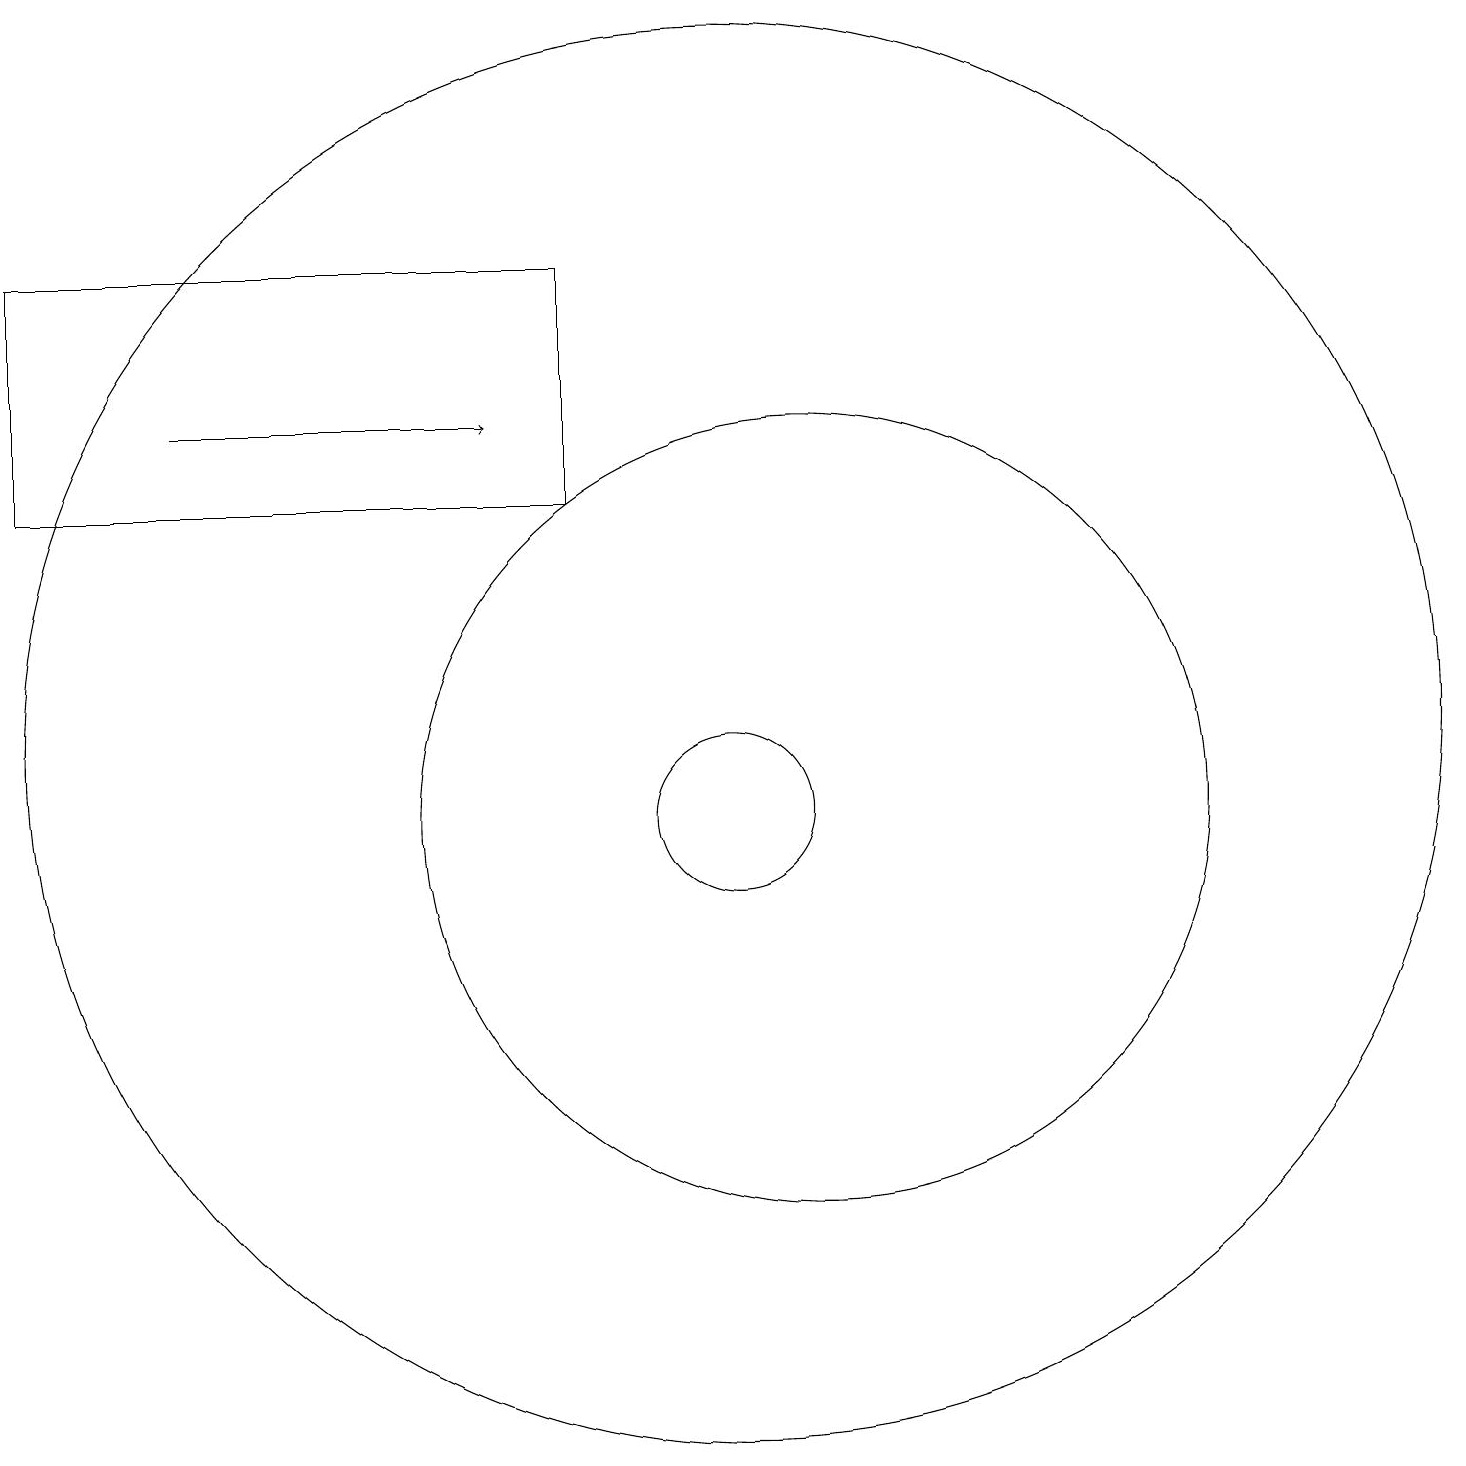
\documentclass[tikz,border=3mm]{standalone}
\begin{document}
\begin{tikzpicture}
\draw (10,11) circle (9);
\draw (10,10) circle (1);
\draw (11,10) circle (5);
\draw[->] (3,15) -- (7,15);
\draw (8,14) rectangle (1,17);
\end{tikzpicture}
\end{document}